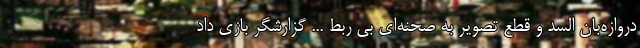
دروازه‌بان السد و قطع تصویر به صحنه‌ای بی ربط ... گزارشگر بازی داد